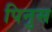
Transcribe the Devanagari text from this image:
पिनुस